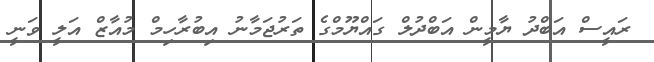
ރައީސް އަބްދު ޔާމީން އަބްދުލް ގައްޔޫމްގެ ތަރުޖަމާނު އިބުރާހިމް މުއާޒް އަލީ ވަނީ